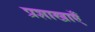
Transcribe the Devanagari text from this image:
प्रशाखाऍं